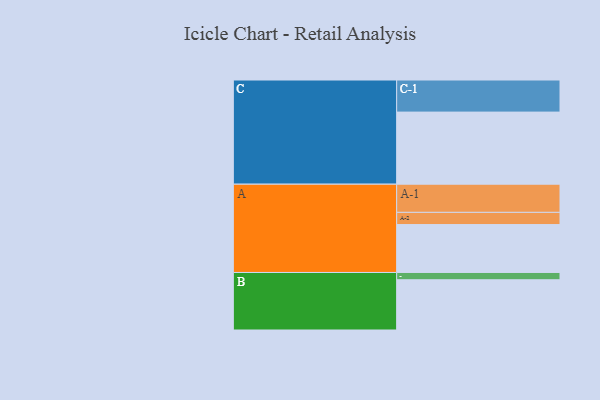
{"axis": {"x": "Segment", "y": "Value"}, "legend": ["", "A", "B", "C"], "data": [{"x": "A", "y": 388, "type": ""}, {"x": "B", "y": 407, "type": ""}, {"x": "C", "y": 584, "type": ""}, {"x": "A-1", "y": 228, "type": "A"}, {"x": "A-2", "y": 99, "type": "A"}, {"x": "B-1", "y": 59, "type": "B"}, {"x": "C-1", "y": 260, "type": "C"}]}